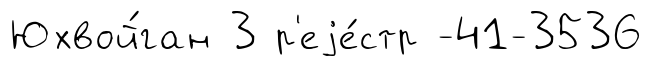
Юхвой́ган 3 р'еjе́стр -41-3536